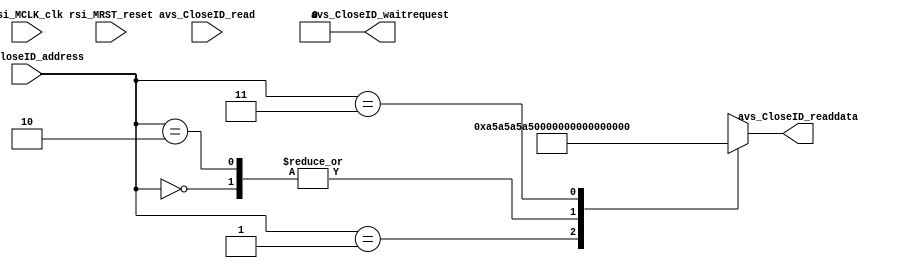
module grid_CloseID(
//Avalon System control signal.
input					rsi_MRST_reset,	// reset_n from MCU GPIO
input					csi_MCLK_clk,

//Avalon-MM LED Control.
output	[31:0]	avs_CloseID_readdata,
input		[1:0]		avs_CloseID_address,
input					avs_CloseID_read,
output				avs_CloseID_waitrequest
);

reg		[31:0]	out_data;

assign	avs_CloseID_readdata = out_data;
assign	avs_CloseID_waitrequest = 1'b0;

always@(avs_CloseID_address)
begin:MUX
	case(avs_CloseID_address)
		0: out_data <= 32'h0;
		1: out_data <= 32'hA5A5A5A5;
		2: out_data <= 32'h0;
		3: out_data <= 32'h5A5A5A5A;
	endcase
end

endmodule